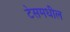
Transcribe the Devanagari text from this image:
टेसमधील